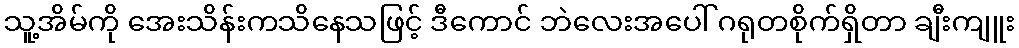
သူ့အိမ်ကို အေးသိန်းကသိနေသဖြင့် ဒီကောင် ဘဲလေးအပေါ် ဂရုတစိုက်ရှိတာ ချီးကျူး